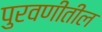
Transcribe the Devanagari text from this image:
पुरवणीतील